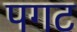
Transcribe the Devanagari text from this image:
पगट